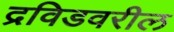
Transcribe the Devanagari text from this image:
द्रविडवरील